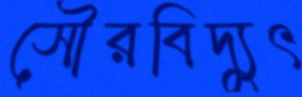
সৌরবিদ্যুৎ